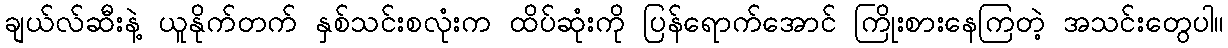
ချယ်လ်ဆီးနဲ့ ယူနိုက်တက် နှစ်သင်းစလုံးက ထိပ်ဆုံးကို ပြန်ရောက်အောင် ကြိုးစားနေကြတဲ့ အသင်းတွေပါ။